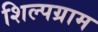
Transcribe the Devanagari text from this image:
शिल्‍पग्राम